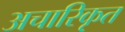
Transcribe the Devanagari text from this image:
अचारिकृत